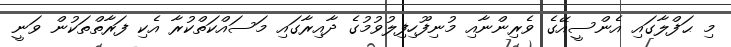
މި ޙަފްލާގައި އެންސީއޭގެ ވެރިންނާއި މުނިފޫހިފިލުވުމުގެ ދާއިރާގައި މަސައްކަތްކުރާ އެކި ފަރާތްތަކުން ވަނީ